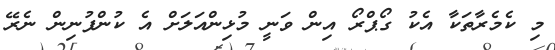
މި ކެމެރާތަކާ އެކު ގޯޕްރޯ އިން ވަނީ މުޅިންއަލަށް އެ ކުންފުނިން ނެރޭ